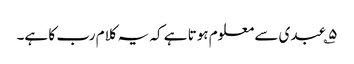
۵؎ عبدی سے معلوم ہوتا ہے کہ یہ کلام رب کا ہے۔